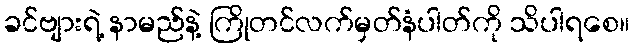
ခင်ဗျားရဲ့ နာမည်နဲ့ ကြိုတင်လက်မှတ်နံပါတ်ကို သိပါရစေ။